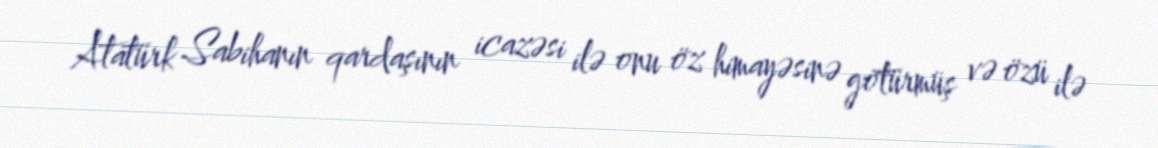
Atatürk Sabihanın qardaşının icazəsi ilə onu öz himayəsinə götürmüş və özü ilə